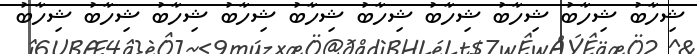
ޝިހާބު ޝިހާބު ޝިހާބު ޝިހާބު ޝިހާބު ޝިހާބު ޝިހާބު ޝިހާބު ޝިހާބު ޝިހާބު